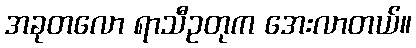
အခုတလော ရာသီဥတုက အေးလာတယ်။